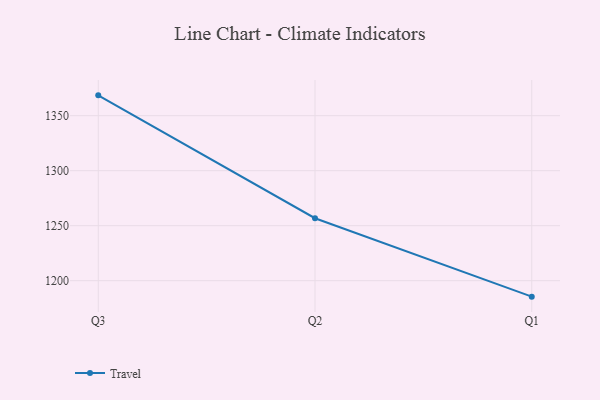
{"axis": {"x": "Quarter", "y": "Demand Index"}, "legend": ["Travel"], "data": [{"x": "Q3", "y": 1368.5, "type": "Travel"}, {"x": "Q2", "y": 1256.8, "type": "Travel"}, {"x": "Q1", "y": 1185.5, "type": "Travel"}]}